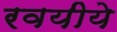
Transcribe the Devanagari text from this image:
रवयीये